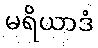
မရိယာဒံ